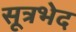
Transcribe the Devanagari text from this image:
सूत्रभेद